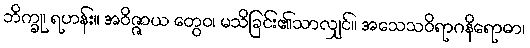
ဘိက္ခု၊ ရဟန်း။ အဝိဇ္ဇာယ တွေဝ၊ မသိခြင်း၏သာလျှင်။ အသေသဝိရာဂနိရောဓာ၊